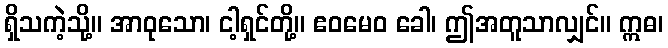
ရှိသကဲ့သို့။ အာဝုသော၊ ငါ့ရှင်တို့။ ဧဝမေဝ ခေါ၊ ဤအတူသာလျှင်။ ဣဓ၊